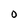
Character: O